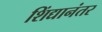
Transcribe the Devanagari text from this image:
शिंद्यानंतर